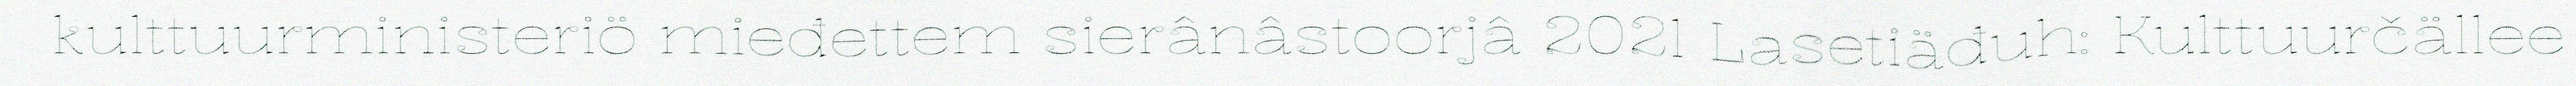
kulttuurministeriö mieđettem sierânâstoorjâ 2021 Lasetiäđuh: Kulttuurčällee